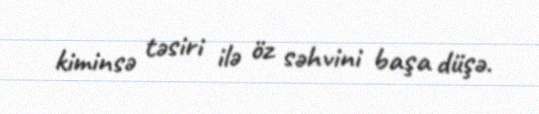
kiminsə təsiri ilə öz səhvini başa düşə.